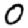
Digit: 0